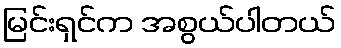
မြင်းရှင်က အစွယ်ပါတယ်